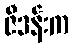
ဇီဒန်းက